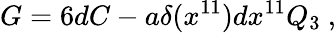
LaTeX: G=6dC-a\delta(x^{11})dx^{11}Q_{3}\ ,